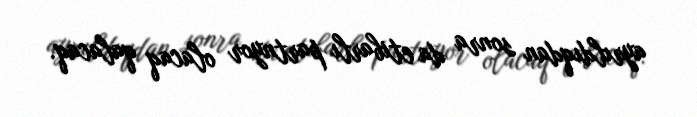
ayrıldıqdan sonra da etibarlı partnyor olacaq qalacaq.